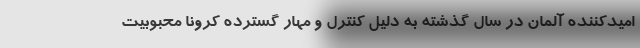
امیدکننده آلمان در سال گذشته به دلیل کنترل و مهار گسترده کرونا محبوبیت